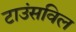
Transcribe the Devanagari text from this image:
टाउंसविल